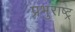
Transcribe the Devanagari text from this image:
प्रभुराष्ट्र